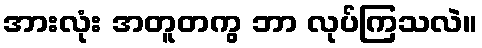
အားလုံး အတူတကွ ဘာ လုပ်ကြသလဲ။